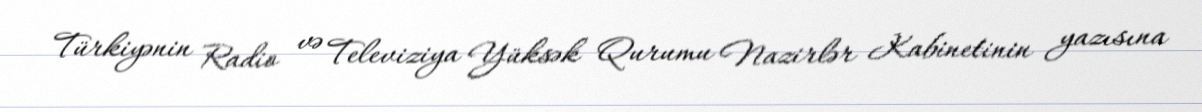
Türkiyənin Radio və Televiziya Yüksək Qurumu Nazirlər Kabinetinin yazısına